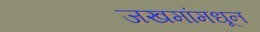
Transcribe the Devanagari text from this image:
जखमांमधून